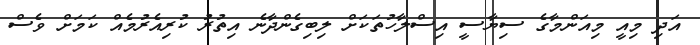
އަދި މިއީ މިއަންމާގެ ސިޔާސީ އިސްލާހުތަކަށް ލިބިގެންދާނެ އިތުރު ކުރިއެރުމެއް ކަމަށް ވެސް